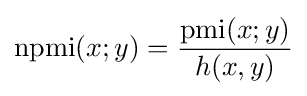
\operatorname {npmi} (x;y)={\frac {\operatorname {pmi} (x;y)}{h(x,y)}}